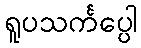
ရူပသင်္ကပ္ပေါ